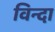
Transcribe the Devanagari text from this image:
विन्दा